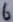
Text: 6